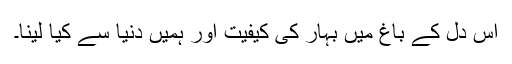
اس دل کے باغ میں بہار کی کیفیت اور ہمیں دنیا سے کیا لینا۔